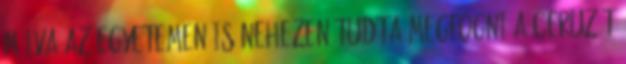
múlva az egyetemen is nehezen tudta megfogni a ceruzát